Papers set at the Examination for Leaving Certificates, 1894
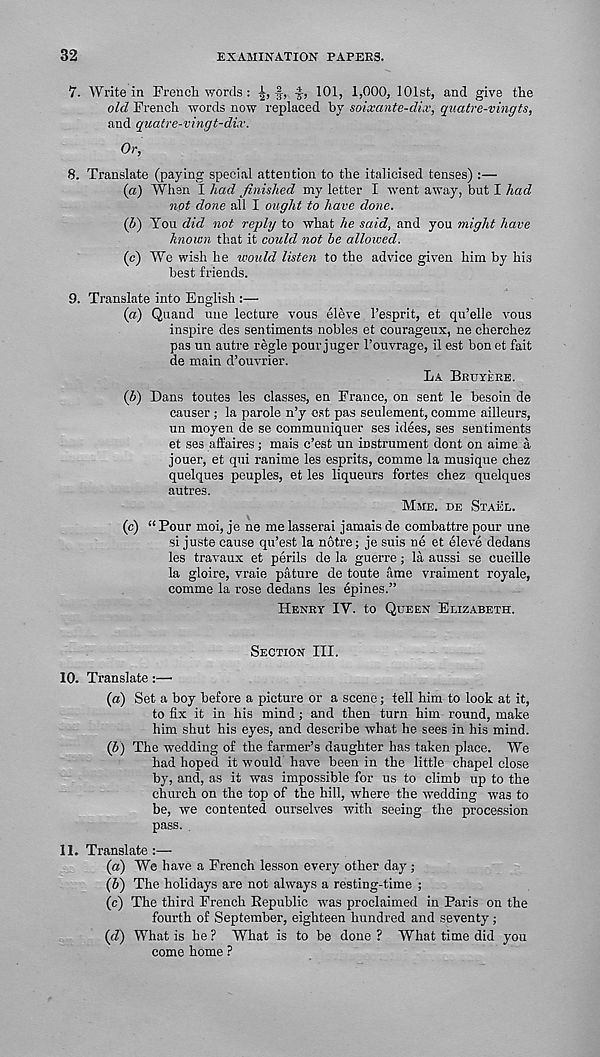
32
EXAMINATION PAPERS.
7. Write in French words :
101, 1,000, 101st, and give the
old French words now replaced by soixante-dix, quatre-vingts,
and quatre-vingt-dix.
Or,
8. Translate (paying special attention to the italicised tenses) :—
(a) When I had finished my letter I went away, but I had
not done all I ought to have done.
(b) You did not reply to what he said, and you might have
known that it could not he allowed.
(e) We wish he would listen to the advice given him by his
best friends.
9. Translate into English :—
(a) Quand une lecture vous eleve 1’esprit, et qu’elle vous
inspire des sentiments nobles et courageux, ne cherchez
pas un autre regie pour juger 1’ouvrage, il est bon et fait
de main d’ouvrier.
La Bkuyere.
{b) Dans toutes les classes, en France, on sent le besoin de
causer ; la parole n’y est pas seulement, comme ailleurs,
un moyen de se communiquer ses idees, ses sentiments
et ses affaires; mais c’est un instrument dont on aime a
jouer, et qui ranime les esprits, comme la musique chez
quelques peuples, et les liqueurs fortes chez quelques
autres.
Mme. de Stael.
(c) “ Pour moi, je ne me lasserai jamais de combattre pour une
si juste cause qu’est la notre; je suis ne et eleve dedans
les travaux et perils de la guerre; la aussi se eueille
la gloire, vraie piiture de toute ame vraiment royale,
comme la rose dedans les epines.”
Henry IY. to Queen Elizabeth.
Section III.
10. Translate :—•
(a) Set a boy before a picture or a scene; tell him to look at it,
to fix it in his mind; and then turn him round, make
him shut his eyes, and describe what he sees in his mind.
(J) The wedding of the farmer’s daughter has taken place. We
had hoped it would have been in the little chapel close
by, and, as it was impossible for us to climb up to the
church on the top of the hill, where the wedding was to
be, we contented ourselves with seeing the procession
pass.
11. Translate:—
(a) We have a French lesson every other day ;
(h) The holidays are not always a resting-time ;
(c) The third French Republic was proclaimed in Paris on the
fourth of September, eighteen hundred and seventy;
(d) What is he ? What is to be done ? What time did you
come home ?